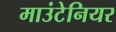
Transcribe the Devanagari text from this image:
माउंटेनियर